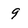
Character: 9